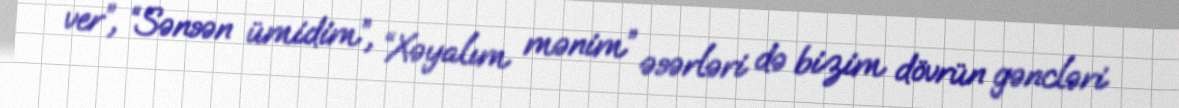
ver”, “Sənsən ümidim”, “Xəyalım mənim” əsərləri də bizim dövrün gəncləri